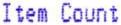
ITEM COUNT